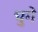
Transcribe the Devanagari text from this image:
चुगे